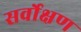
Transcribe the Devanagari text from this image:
सर्वोक्षण